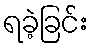
ရခဲ့ခြင်း